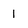
Character: 1